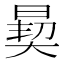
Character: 𪰳